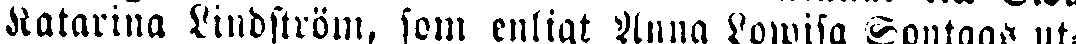
Katarina Lindström, som enligt Anna Lowisa Sontags ut-